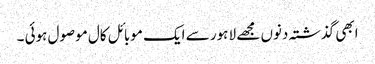
ابھی گذشتہ دنوں مجھے لا ہور سے ایک موبائل کال موصول ہوئی ۔